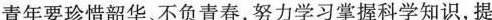
青年要珍惜韶华、不负青春，努力学习掌握科学知识，提